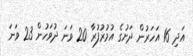
އަދި 16 އަހަރުން ދަށުގެ އުމުރުފުރާ 20 ވަނަ ދުވަހުން 23 ވަނަ